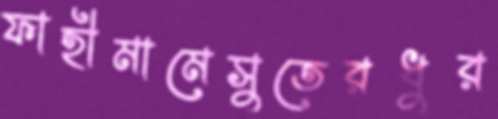
ফাহীমামেসুতেরধুর